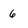
Character: 6